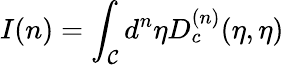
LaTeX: I(n)=\int_{\mathcal{C}}{d^{n}}{\eta}D_{c}^{(n)}(\eta,{\eta})